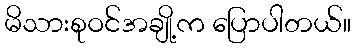
မိသားစုဝင်အချို့က ပြောပါတယ်။